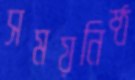
সময়নিষ্ঠ